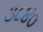
૩૮૪૦